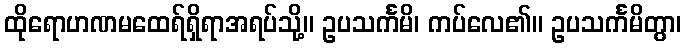
ထိုရောဟဏမထေရ်ရှိရာအရပ်သို့။ ဥပသင်္ကမိ၊ ကပ်လေ၏။ ဥပသင်္ကမိတွာ၊